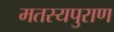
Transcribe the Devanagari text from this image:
मतस्यपुराण